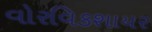
વોરવિકશાયર